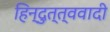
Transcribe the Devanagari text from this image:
हिन्दुत्त्ववादी